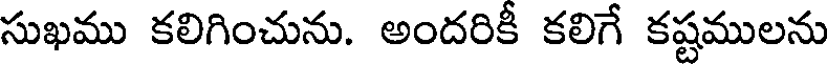
సుఖము కలిగించును. అందరికీ కలిగే కష్టములను